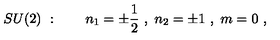
S U ( 2 ) \ : \quad \quad n _ { 1 } = \pm { \frac { 1 } { 2 } } \ , \ n _ { 2 } = \pm 1 \ , \ m = 0 \ ,